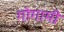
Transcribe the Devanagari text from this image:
गोगामी